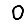
Digit: 0